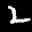
Label: 2